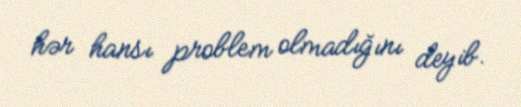
hər hansı problem olmadığını deyib.